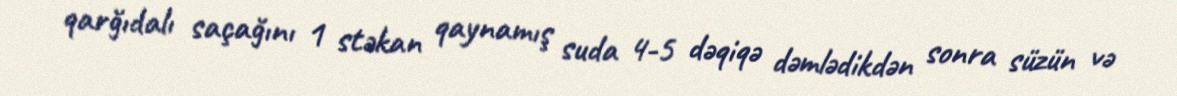
qarğıdalı saçağını 1 stəkan qaynamış suda 4-5 dəqiqə dəmlədikdən sonra süzün və